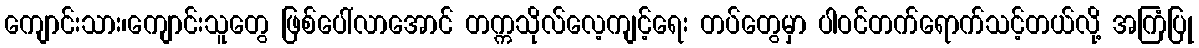
ကျောင်းသား၊ကျောင်းသူတွေ ဖြစ်ပေါ်လာအောင် တက္ကသိုလ်လေ့ကျင့်ရေး တပ်တွေမှာ ပါဝင်တက်ရောက်သင့်တယ်လို့ အကြံပြု